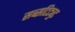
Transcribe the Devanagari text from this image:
सब्सटिट्युट